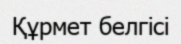
Құрмет белгісі